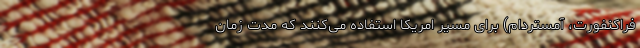
فراکنفورت، آمستردام) برای مسیر امریکا استفاده می‌کنند که مدت زمان